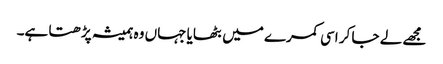
مجھے لے جا کر اسی کمرے میں بٹھایا جہاں وہ ہمیشہ پڑھتا ہے۔